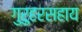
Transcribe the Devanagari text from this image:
गुरुहरसहाय